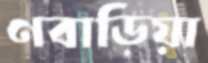
ণবাড়িয়া